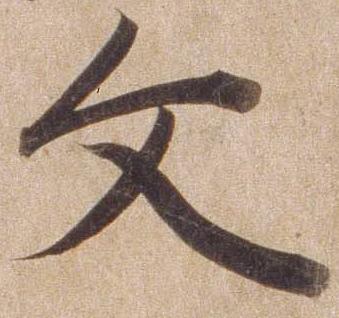
文